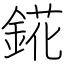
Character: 錵